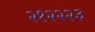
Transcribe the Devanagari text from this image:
२१२२२३